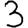
Digit: 3